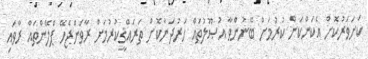
ކަށަވަރުކޮށް އެކަންކަން ކުރުމަށް ބޭނުންވާ އުޞޫލުތައް ހަރުދަނާކޮށް ތަރައްޤީކުރުމަށް ރާވަންޖެހޭ ޕްލޭންތައް ރާވައި